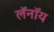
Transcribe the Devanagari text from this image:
लॅनॉय